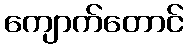
ကျောက်တောင်